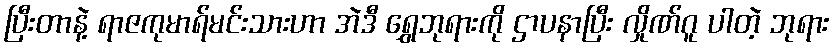
ပြီးတာနဲ့ ရာဇကုမာရ်မင်းသားဟာ အဲဒီ ရွှေဘုရားကို ဌာပနာပြီး လှိုဏ်ဂူ ပါတဲ့ ဘုရား